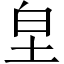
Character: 𭎊